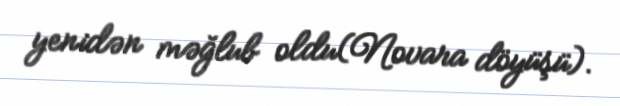
yenidən məğlub oldu(Novara döyüşü).